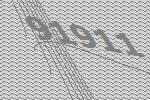
91911